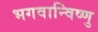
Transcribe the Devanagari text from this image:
भगवान्विष्णु